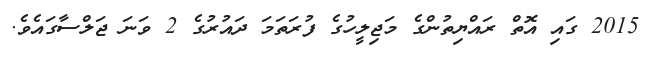
2015 ގައި އޮތް ރައްޔިތުންގެ މަޖިލީހުގެ ފުރަތަމަ ދައުރުގެ 2 ވަނަ ޖަލްސާގައެވެ.